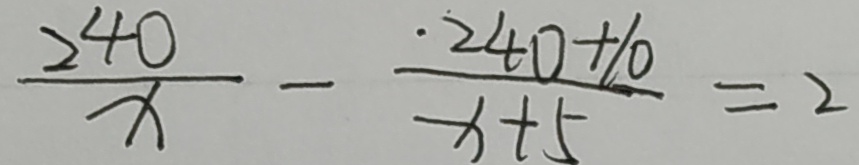
\frac { 2 4 0 } { x } - \frac { 2 4 1 + 1 0 } { x + 5 } = 2